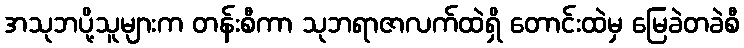
အသုဘပို့သူများက တန်းစီကာ သုဘရာဇာလက်ထဲရှိ တောင်းထဲမှ မြေခဲတခဲစီ